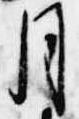
月